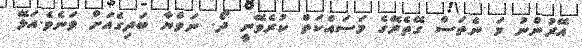
އޭރުންނު މަ ނެތަސް ގޭތެރޭގެ މަސައްކަތް ކުރެވޭނީ ދޯ. ނަވްޔާ ބަދިގެއަށް ވަނެވެ.އަޅޭ